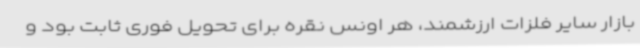
بازار سایر فلزات ارزشمند، هر اونس نقره برای تحویل فوری ثابت بود و